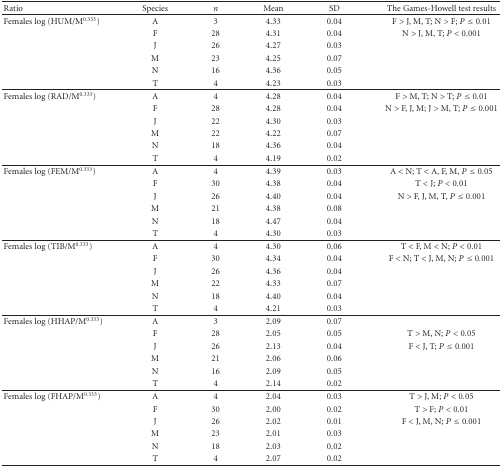
<table><thead><tr><td><b>Ratio</b></td><td><b>Species</b></td><td><b><i>n</i></b></td><td><b>Mean</b></td><td><b>SD</b></td><td><b>The Games-Howell test results</b></td></tr></thead><tbody><tr><td>Females log (HUM/M<sup>0.333</sup>)</td><td>A</td><td>3</td><td>4.33</td><td>0.04</td><td>F &gt; J, M, T; N &gt; F; <i>P</i> ≤ 0.01</td></tr><tr><td></td><td>F</td><td>28</td><td>4.31</td><td>0.04</td><td>N &gt; J, M, T; <i>P</i> &lt; 0.001</td></tr><tr><td></td><td>J</td><td>26</td><td>4.27</td><td>0.03</td><td></td></tr><tr><td></td><td>M</td><td>23</td><td>4.25</td><td>0.07</td><td></td></tr><tr><td></td><td>N</td><td>16</td><td>4.36</td><td>0.05</td><td></td></tr><tr><td></td><td>T</td><td>4</td><td>4.23</td><td>0.03</td><td></td></tr><tr><td>Females log (RAD/M<sup>0.333</sup>)</td><td>A</td><td>4</td><td>4.28</td><td>0.04</td><td>F &gt; M, T; N &gt; T; <i>P</i> ≤ 0.01</td></tr><tr><td></td><td>F</td><td>28</td><td>4.28</td><td>0.04</td><td>N &gt; F, J, M; J &gt; M, T; <i>P</i> ≤ 0.001</td></tr><tr><td></td><td>J</td><td>22</td><td>4.30</td><td>0.03</td><td></td></tr><tr><td></td><td>M</td><td>22</td><td>4.22</td><td>0.07</td><td></td></tr><tr><td></td><td>N</td><td>18</td><td>4.36</td><td>0.04</td><td></td></tr><tr><td></td><td>T</td><td>4</td><td>4.19</td><td>0.02</td><td></td></tr><tr><td>Females log (FEM/M<sup>0.333</sup>)</td><td>A</td><td>4</td><td>4.39</td><td>0.03</td><td>A &lt; N; T &lt; A, F, M, <i>P</i> ≤ 0.05</td></tr><tr><td></td><td>F</td><td>30</td><td>4.38</td><td>0.04</td><td>T &lt; J; <i>P</i> &lt; 0.01</td></tr><tr><td></td><td>J</td><td>26</td><td>4.40</td><td>0.04</td><td>N &gt; F, J, M, T, <i>P</i> ≤ 0.001</td></tr><tr><td></td><td>M</td><td>21</td><td>4.38</td><td>0.08</td><td></td></tr><tr><td></td><td>N</td><td>18</td><td>4.47</td><td>0.04</td><td></td></tr><tr><td></td><td>T</td><td>4</td><td>4.30</td><td>0.03</td><td></td></tr><tr><td>Females log (TIB/M<sup>0.333</sup>)</td><td>A</td><td>4</td><td>4.30</td><td>0.06</td><td>T &lt; F, M &lt; N; <i>P</i> &lt; 0.01</td></tr><tr><td></td><td>F</td><td>30</td><td>4.34</td><td>0.04</td><td>F &lt; N; T &lt; J, M, N; <i>P</i> ≤ 0.001</td></tr><tr><td></td><td>J</td><td>26</td><td>4.36</td><td>0.04</td><td></td></tr><tr><td></td><td>M</td><td>22</td><td>4.33</td><td>0.07</td><td></td></tr><tr><td></td><td>N</td><td>18</td><td>4.40</td><td>0.04</td><td></td></tr><tr><td></td><td>T</td><td>4</td><td>4.21</td><td>0.03</td><td></td></tr><tr><td>Females log (HHAP/M<sup>0.333</sup>)</td><td>A</td><td>3</td><td>2.09</td><td>0.07</td><td></td></tr><tr><td></td><td>F</td><td>28</td><td>2.05</td><td>0.05</td><td>T &gt; M, N; <i>P</i> &lt; 0.05</td></tr><tr><td></td><td>J</td><td>26</td><td>2.13</td><td>0.04</td><td>F &lt; J, T; <i>P</i> ≤ 0.001</td></tr><tr><td></td><td>M</td><td>21</td><td>2.06</td><td>0.06</td><td></td></tr><tr><td></td><td>N</td><td>16</td><td>2.09</td><td>0.05</td><td></td></tr><tr><td></td><td>T</td><td>4</td><td>2.14</td><td>0.02</td><td></td></tr><tr><td>Females log (FHAP/M<sup>0.333</sup>)</td><td>A</td><td>4</td><td>2.04</td><td>0.03</td><td>T &gt; J, M; <i>P</i> &lt; 0.05</td></tr><tr><td></td><td>F</td><td>30</td><td>2.00</td><td>0.02</td><td>T &gt; F; <i>P</i> &lt; 0.01</td></tr><tr><td></td><td>J</td><td>26</td><td>2.02</td><td>0.01</td><td>F &lt; J, M, N; <i>P</i> ≤ 0.001</td></tr><tr><td></td><td>M</td><td>23</td><td>2.01</td><td>0.03</td><td></td></tr><tr><td></td><td>N</td><td>18</td><td>2.03</td><td>0.02</td><td></td></tr><tr><td></td><td>T</td><td>4</td><td>2.07</td><td>0.02</td><td></td></tr></tbody></table>